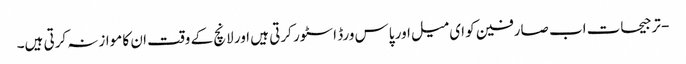
- ترجیحات اب صارفین کو ای میل اور پاس ورڈ اسٹور کرتی ہیں اور لانچ کے وقت ان کا موازنہ کرتی ہیں۔